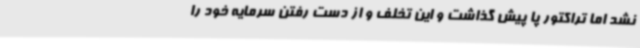
نشد اما تراکتور پا پیش گذاشت و این تخلف و از دست رفتن سرمایه خود را